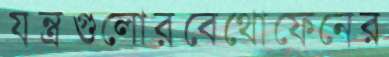
যন্ত্রগুলোরবেথোফেনের